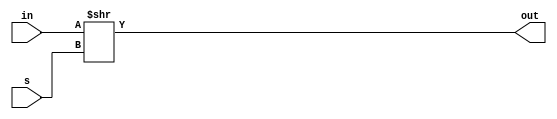
`timescale 1ns / 1ps
//////////////////////////////////////////////////////////////////////////////////
// Company: 
// Engineer: 
// 
// Design Name: 
// Module Name: 1bitr
// Project Name: 
// Target Devices: 
// Tool Versions: 
// Description: 
// 
// Dependencies: 
// 
// Revision:
// Revision 0.01 - File Created
// Additional Comments:
// 
//////////////////////////////////////////////////////////////////////////////////


module ror4(
    input [3:0] in,
    input [1:0] s,
    output [3:0] out
    );
    assign out = in >> s; 
endmodule